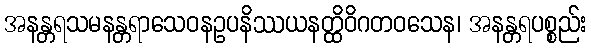
အနန္တရသမနန္တရာသေဝနဥပနိဿယနတ္ထိဝိဂတဝသေန၊ အနန္တရပစ္စည်း